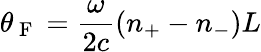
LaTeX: \theta_{\mathrm{~F~}}=\frac{\omega}{2c}(n_{+}-n_{-})L